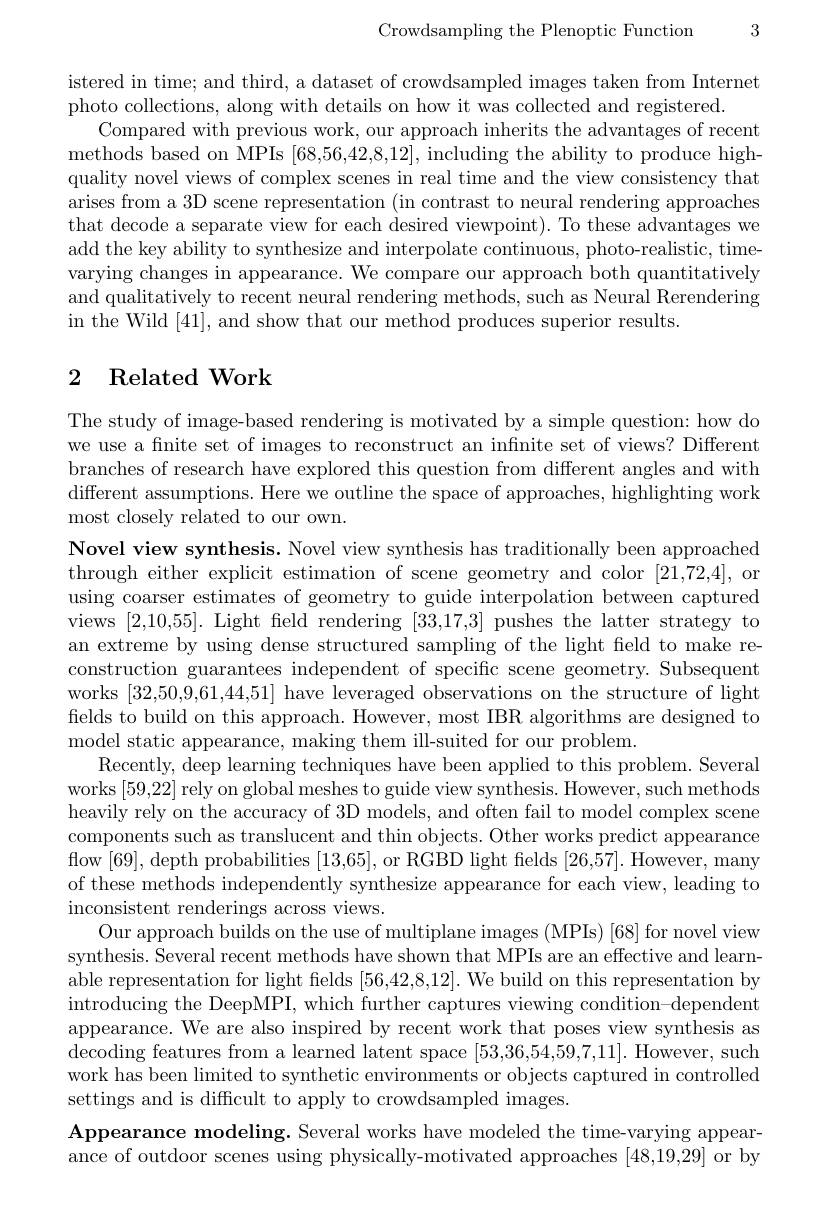
Crowdsampling the Plenoptic Function 3

istered in time; and third, a dataset of crowdsampled images taken from Internet
photo collections, along with details on how it was collected and registered.
Compared with previous work, our approach inherits the advantages of recent methods based on MPIs [68,56,42,8,12], including the ability to produce highquality novel views of complex scenes in real time and the view consistency that arises from a 3D scene representation (in contrast to neural rendering approaches that decode a separate view for each desired viewpoint). To these advantages we add the key ability to synthesize and interpolate continuous, photo-realistic, timevarying changes in appearance. We compare our approach both quantitatively and qualitatively to recent neural rendering methods, such as Neural Rerendering in the Wild [41],and show that our method produces superior results.

# 2 Related Work

The study of image-based rendering is motivated by a simple question: how do we use a fnite set of images to reconstruct an infinite set of views? Different branches of research have explored this question from different angles and with different assumptions. Here we outline the space of approaches, highlighting work most closely related to our own.
Novel view synthesis. Novel view synthesis has traditionally been approached through either explicit estimation of scene geometry and color [21,72,4], or using coarser estimates of geometry to guide interpolation between captured views [2,10,55]. Light field rendering [33,17,3] pushes the latter strategy to an extreme by using dense structured sampling of the light field to make reconstruction guarantees independent of specific scene geometry. Subsequent works [32,50,9,61,44,51] have leveraged observations on the structure of light fields to build on this approach. However, most IBR algorithms are designed to model static appearance, making them ill-suited for our problem.
Recently, deep learning techniques have been applied to this problem. Several works [59,22] rely on global meshes to guide view synthesis. However, such methods heavily rely on the accuracy of 3D models, and often fail to model complex scene components such as translucent and thin objects. Other works predict appearance flow [ 69] , depth probabilities [ 13, 65] , or RGBD light felds [ 26, 57] . However, many of these methods independently synthesize appearance for each view, leading to inconsistent renderings across views.
Our approach builds on the use of multiplane images (MPIs) [68] for novel view synthesis. Several recent methods have shown that MPIs are an effective and learnable representation for light fields [56,42,8,12]. We build on this representation by introducing the DeepMPI, which further captures viewing condition-dependent appearance. We are also inspired by recent work that poses view synthesis as decoding features from a learned latent space [53,36,54,59,7,11]. However, such work has been limited to synthetic environments or objects captured in controlled settings and is difficult to apply to crowdsampled images.
Appearance modeling. Several works have modeled the time-varying appearance of outdoor scenes using physically-motivated approaches [48,19,29] or by